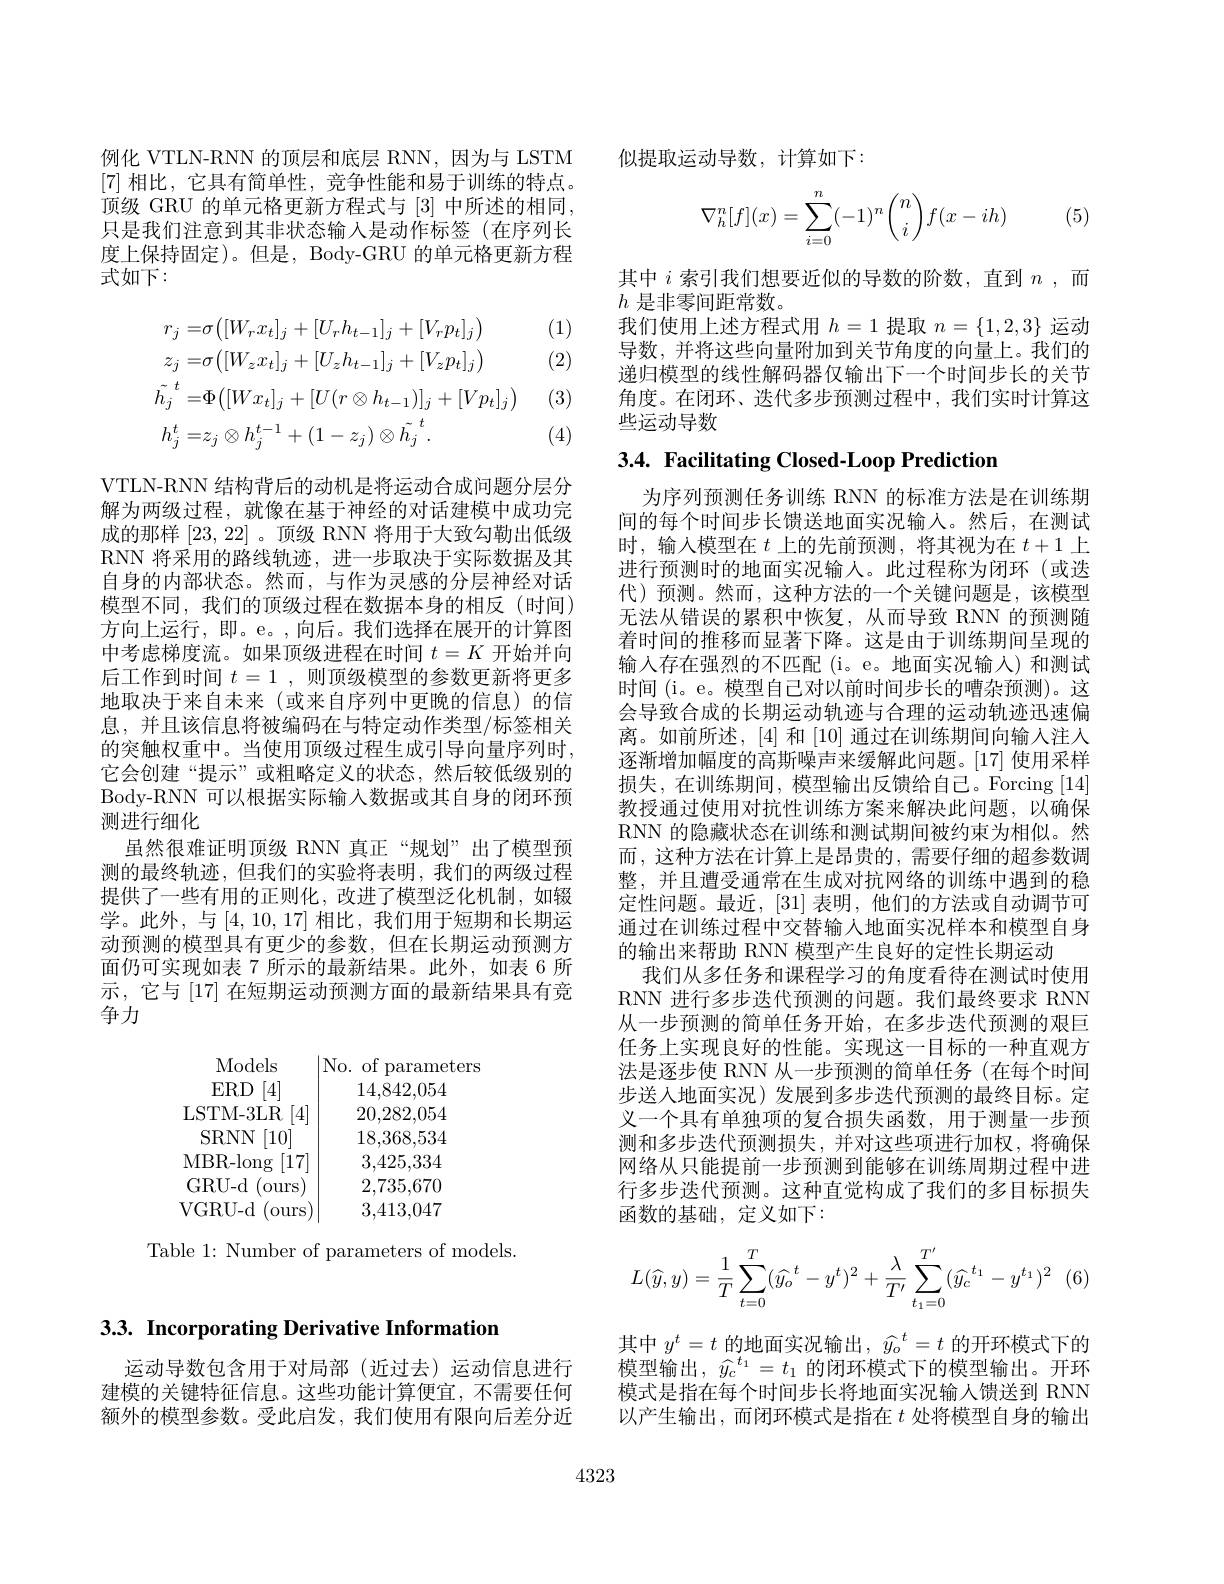
3.3. Incorporating Derivative Information

运动导数包含用于对局部(近过去)运动信息进行建模的关键特征信息。这些功能计算便宜，不需要任何额外的模型参数。受此启发，我们使用有限向后差分近

例化 VTLN-RNN 的顶层和底层 RNN,因为与 LSTM [7]相比，它具有简单性，竞争性能和易于训练的特点。顶级 GRU 的单元格更新方程式与 [3] 中所述的相同， 只是我们注意到其非状态输入是动作标签(在序列长度上保持固定)。但是，Body-GRU 的单元格更新方程式如下：

(1) (2)
$$\begin{aligned}&r_{j}=&&\sigma\big([W_{r}x_{t}]_{j}+[U_{r}h_{t-1}]_{j}+[V_{r}p_{t}]_{j}\big)\\&z_{j}=&&\sigma\big([W_{z}x_{t}]_{j}+[U_{z}h_{t-1}]_{j}+[V_{z}p_{t}]_{j}\big)\\&\tilde{h_{j}}^{t}=&&\Phi\big([Wx_{t}]_{j}+[U(r\otimes h_{t-1})]_{j}+[Vp_{t}]_{j}\big)\\&h_{j}^{t}=&&z_{j}\otimes h_{j}^{t-1}+(1-z_{j})\otimes\tilde{h_{j}}^{t}\:.\end{aligned}$$
(3)

(4)

VTLN-RNN 结构背后的动机是将运动合成问题分层分解为两级过程，就像在基于神经的对话建模中成功完成的那样[23,22] 。顶级 RNN 将用于大致勾勒出低级RNN 将采用的路线轨迹，进一步取决于实际数据及其自身的内部状态。然而，与作为灵感的分层神经对话模型不同，我们的顶级过程在数据本身的相反(时间) 方向上运行，即。e。,向后。我们选择在展开的计算图中考虑梯度流。如果顶级进程在时间$t=K$开始并向后工作到时间$t=1$,则顶级模型的参数更新将更多地取决于来自未来(或来自序列中更晚的信息)的信息，并且该信息将被编码在与特定动作类型/标签相关的突触权重中。当使用顶级过程生成引导向量序列时， 它会创建“提示”或粗略定义的状态，然后较低级别的Body-RNN 可以根据实际输入数据或其自身的闭环预测进行细化
虽然很难证明顶级 RNN 真正“规划”出了模型预测的最终轨迹，但我们的实验将表明，我们的两级过程提供了一些有用的正则化，改进了模型泛化机制，如辍学。此外，与[4,10,17] 相比，我们用于短期和长期运动预测的模型具有更少的参数，但在长期运动预测方面仍可实现如表 7 所示的最新结果。此外，如表 6 所示，它与[17]在短期运动预测方面的最新结果具有竞争力

Models
|No. of parameters
$\begin{array}{c|cc}\mathrm{ERD~[4]}&14,842,054\\\mathrm{LSTM-3LR~[4]}&20,282,054\\\mathrm{SRNN~[10]}&18,368,534\\\mathrm{MBR-long~[17]}&3,425,334\\\mathrm{GRU-d~(ours)}&2,735,670\end{array}$
VGRU- d ( ours)
3,413,047

Table 1: Number of parameters of models.

似提取运动导数，计算如下：
$$\nabla_h^n[f](x)=\sum_{i=0}^n(-1)^n\binom{n}{i}f(x-ih)$$
(5)

其中$i$索引我们想要近似的导数的阶数，直到$n$,而
$h$是非零间距常数。
我们使用上述方程式用$h=1$提取$n=\{1,2,3\}$运动导数，并将这些向量附加到关节角度的向量上。我们的递归模型的线性解码器仅输出下一个时间步长的关节角度。在闭环、迭代多步预测过程中，我们实时计算这些运动导数

# 3.4. Facilitating Closed-Loop Prediction

为序列预测任务训练 RNN 的标准方法是在训练期间的每个时间步长馈送地面实况输入。然后，在测试时，输入模型在$t$上的先前预测，将其视为在$t+1$上进行预测时的地面实况输入。此过程称为闭环(或迭代)预测。然而，这种方法的一个关键问题是，该模型无法从错误的累积中恢复，从而导致 RNN 的预测随着时间的推移而显著下降。这是由于训练期间呈现的输入存在强烈的不匹配(i。e。地面实况输入)和测试时间 (i。e。模型自己对以前时间步长的嘈杂预测)。这会导致合成的长期运动轨迹与合理的运动轨迹迅速偏离。如前所述，[4]和[10]通过在训练期间向输入注人逐渐增加幅度的高斯噪声来缓解此问题。[17] 使用采样损失，在训练期间，模型输出反馈给自己。Forcing [14] 教授通过使用对抗性训练方案来解决此问题，以确保RNN 的隐藏状态在训练和测试期间被约束为相似。然而，这种方法在计算上是昂贵的，需要仔细的超参数调整，并且遭受通常在生成对抗网络的训练中遇到的稳定性问题。最近，[31] 表明，他们的方法或自动调节可通过在训练过程中交替输人地面实况样本和模型自身的输出来帮助 RNN 模型产生良好的定性长期运动
我们从多任务和课程学习的角度看待在测试时使用RNN 进行多步迭代预测的问题。我们最终要求 RNN 从一步预测的简单任务开始，在多步迭代预测的艰巨任务上实现良好的性能。实现这一目标的一种直观方法是逐步使 RNN 从一步预测的简单任务(在每个时间步送入地面实况)发展到多步迭代预测的最终目标。定义一个具有单独项的复合损失函数，用于测量一步预测和多步迭代预测损失，并对这些项进行加权，将确保网络从只能提前一步预测到能够在训练周期过程中进行多步迭代预测。这种直觉构成了我们的多目标损失函数的基础，定义如下：
$$L(\widehat{y},y)=\dfrac{1}{T}\sum_{t=0}^{T}(\widehat{y}_{o}^{\:t}-y^{t})^{2}+\dfrac{\lambda}{T'}\sum_{t_{1}=0}^{T'}(\widehat{y}_{c}^{\:t_{1}}-y^{t_{1}})^{2}\:($$
其中$y^t=t$的地面实况输出$,\widehat{y_{o}}^t=t$的开环模式下的模型输出，$\widehat{y}_c^{t_1}=t_1$的闭环模式下的模型输出。开环模式是指在每个时间步长将地面实况输人馈送到 RNN 以产生输出，而闭环模式是指在$t$处将模型自身的输出

4323